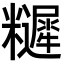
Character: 𥽩